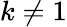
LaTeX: k\neq 1